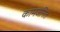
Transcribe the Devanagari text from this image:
कामजनित